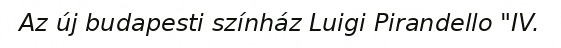
Az új budapesti színház Luigi Pirandello "IV.